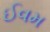
ઈવમ